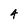
Character: 4